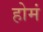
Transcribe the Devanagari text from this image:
होमं